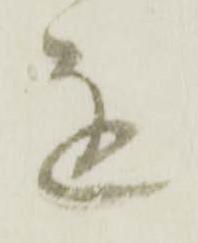
を